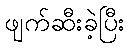
ဖျက်ဆီးခဲ့ပြီး